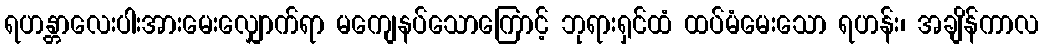
ရဟန္တာလေးပါးအားမေးလျှောက်ရာ မကျေနပ်သောကြောင့် ဘုရားရှင်ထံ ထပ်မံမေးသော ရဟန်း၊ အချိန်ကာလ